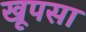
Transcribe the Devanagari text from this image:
खूपसा